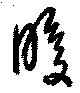
腹